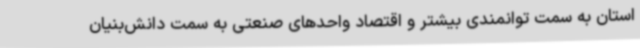
استان به سمت توانمندی بیشتر و اقتصاد واحدهای صنعتی به سمت دانش‌بنیان